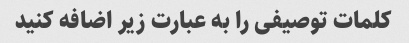
کلمات توصیفی را به عبارت زیر اضافه کنید